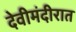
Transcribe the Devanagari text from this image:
देवीमंदीरात